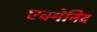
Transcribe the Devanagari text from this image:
एक्मेनिद